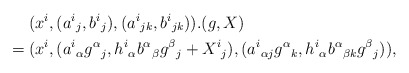
\begin{align*}&\hphantom{{}={}}(x^i,(a^i{}_j,b^i{}_j),(a^i{}_{jk},b^i{}_{jk})).(g,X)\\*&=(x^i,(a^i{}_\alpha g^\alpha{}_j,h^i{}_\alpha b^\alpha{}_\beta g^\beta{}_j+X^i{}_j),(a^i{}_{\alpha j}g^\alpha{}_k,h^i{}_\alpha b^\alpha{}_{\beta k}g^\beta{}_j)),\end{align*}